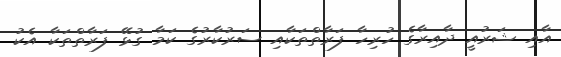
އާއި ޝަރުއީ ދާއިރާގެ ހުރިހާ ފަރާތްތަކާއި ސަރުކާރުގެ ކަމާ ގުޅޭ ފަރާތްތަކާ އެކު